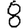
Digit: 8